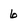
Character: 6